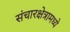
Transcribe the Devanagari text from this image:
संचारक्षेत्रामध्ये